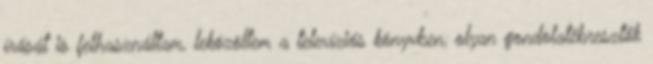
í­rását is felhasználtam, leközöltem a televíziós könyvben, olyan gondolatébresztők